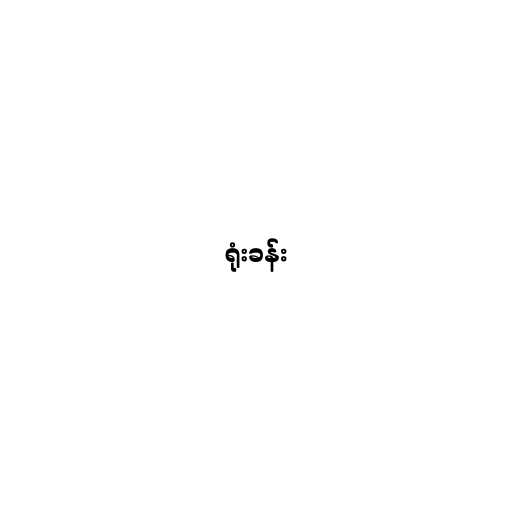
ရုံးခန်း